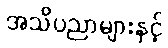
အသိပညာများနှင့်